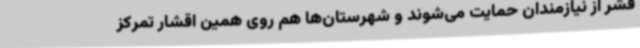
قشر از نیازمندان حمایت می‌شوند و شهرستان‌ها هم روی همین اقشار تمرکز